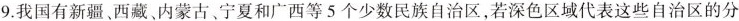
9.我国有新疆、西藏、内蒙古、宁夏和广西等5个少数民族自治区，若深色区域代表这些自治区的分